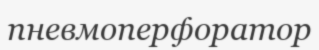
пневмоперфоратор